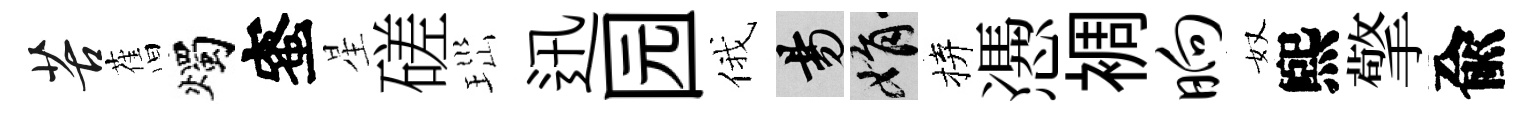
苦𦾔燭蜜星磋𤤼迅园俄昜娟拚慿裯晌奴煕擎兪